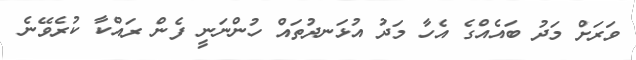
ވަރަށް މަދު ބައެއްގެ އެހާ މަދު އުޅަނދުތައް ހުންނަނީ ފެން ރައްކާ ކުރެވޭނެ